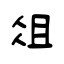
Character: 俎